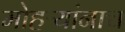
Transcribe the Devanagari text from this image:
मोहऱ्यांनाच